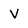
Character: V